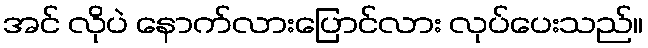
အင် လိုပဲ နောက်လားပြောင်လား လုပ်ပေးသည်။